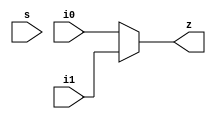
module mux32bit_2to1(input [31:0] i0, i1,input s,output reg [31:0] z);
	always @(*) 
	begin
		if(sel == 0)
			z=i0;
		else
		begin
			z=i1;
		end
	end
endmodule